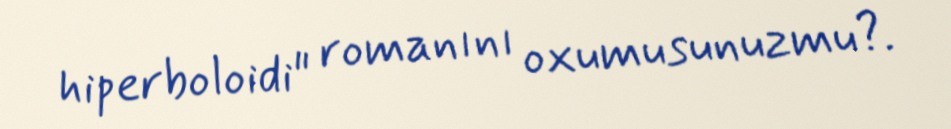
hiperboloidi" romanını oxumusunuzmu?.